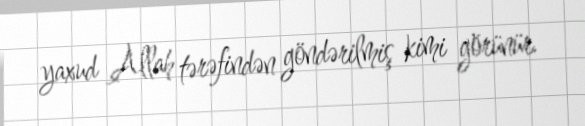
yaxud Allah tərəfindən göndərilmiş kimi görünür.